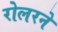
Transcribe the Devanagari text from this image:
रोलरने